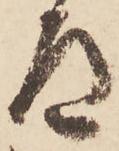
道